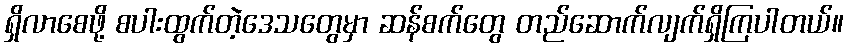
ရှိလာစေဖို့ စပါးထွက်တဲ့ဒေသတွေမှာ ဆန်စက်တွေ တည်ဆောက်လျက်ရှိကြပါတယ်။